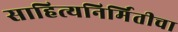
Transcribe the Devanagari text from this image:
साहित्यनिर्मितीचा